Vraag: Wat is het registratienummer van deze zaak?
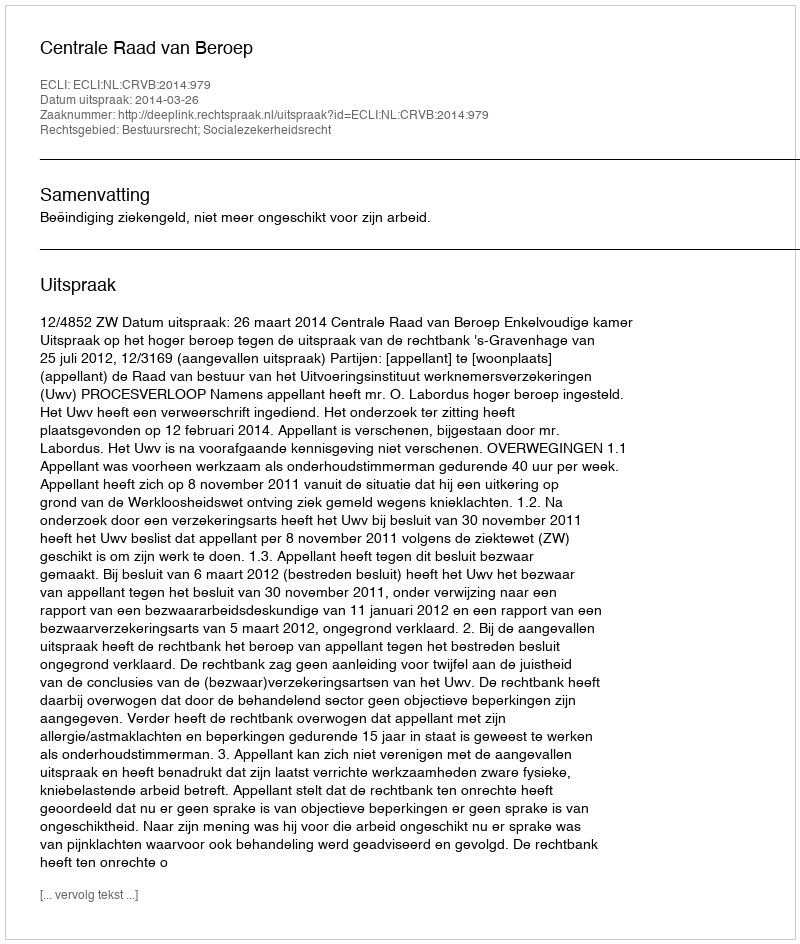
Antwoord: http://deeplink.rechtspraak.nl/uitspraak?id=ECLI:NL:CRVB:2014:979